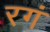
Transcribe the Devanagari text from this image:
रगं